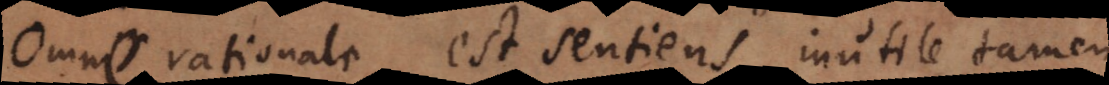
Omne rationale est sentiens, inutile tamen